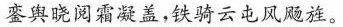
銮舆晓阅霜凝盖，铁骑云屯风飚旌。